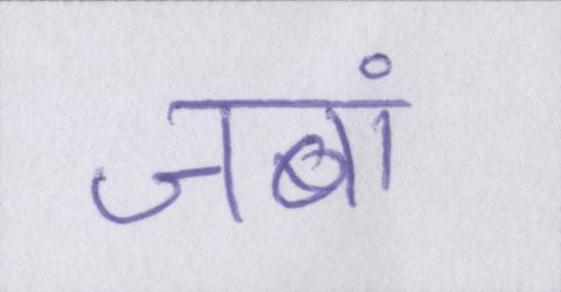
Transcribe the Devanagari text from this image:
जबां